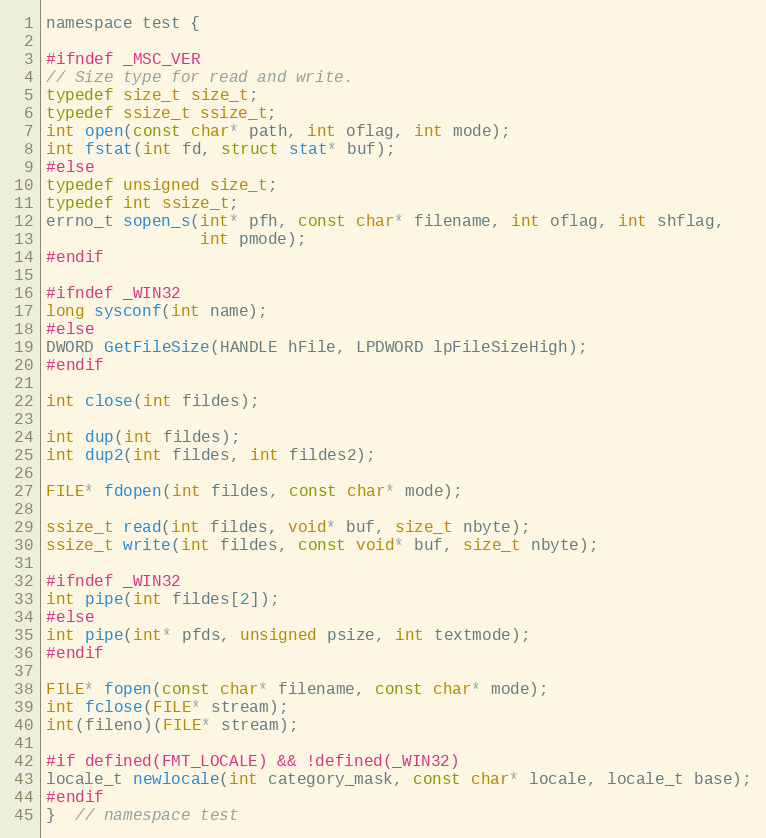
Language: C
namespace test {

#ifndef _MSC_VER
// Size type for read and write.
typedef size_t size_t;
typedef ssize_t ssize_t;
int open(const char* path, int oflag, int mode);
int fstat(int fd, struct stat* buf);
#else
typedef unsigned size_t;
typedef int ssize_t;
errno_t sopen_s(int* pfh, const char* filename, int oflag, int shflag,
                int pmode);
#endif

#ifndef _WIN32
long sysconf(int name);
#else
DWORD GetFileSize(HANDLE hFile, LPDWORD lpFileSizeHigh);
#endif

int close(int fildes);

int dup(int fildes);
int dup2(int fildes, int fildes2);

FILE* fdopen(int fildes, const char* mode);

ssize_t read(int fildes, void* buf, size_t nbyte);
ssize_t write(int fildes, const void* buf, size_t nbyte);

#ifndef _WIN32
int pipe(int fildes[2]);
#else
int pipe(int* pfds, unsigned psize, int textmode);
#endif

FILE* fopen(const char* filename, const char* mode);
int fclose(FILE* stream);
int(fileno)(FILE* stream);

#if defined(FMT_LOCALE) && !defined(_WIN32)
locale_t newlocale(int category_mask, const char* locale, locale_t base);
#endif
}  // namespace test